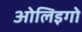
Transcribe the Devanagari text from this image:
ओलिइगो